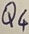
Text: Q4